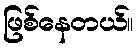
ဖြစ်နေတယ်။